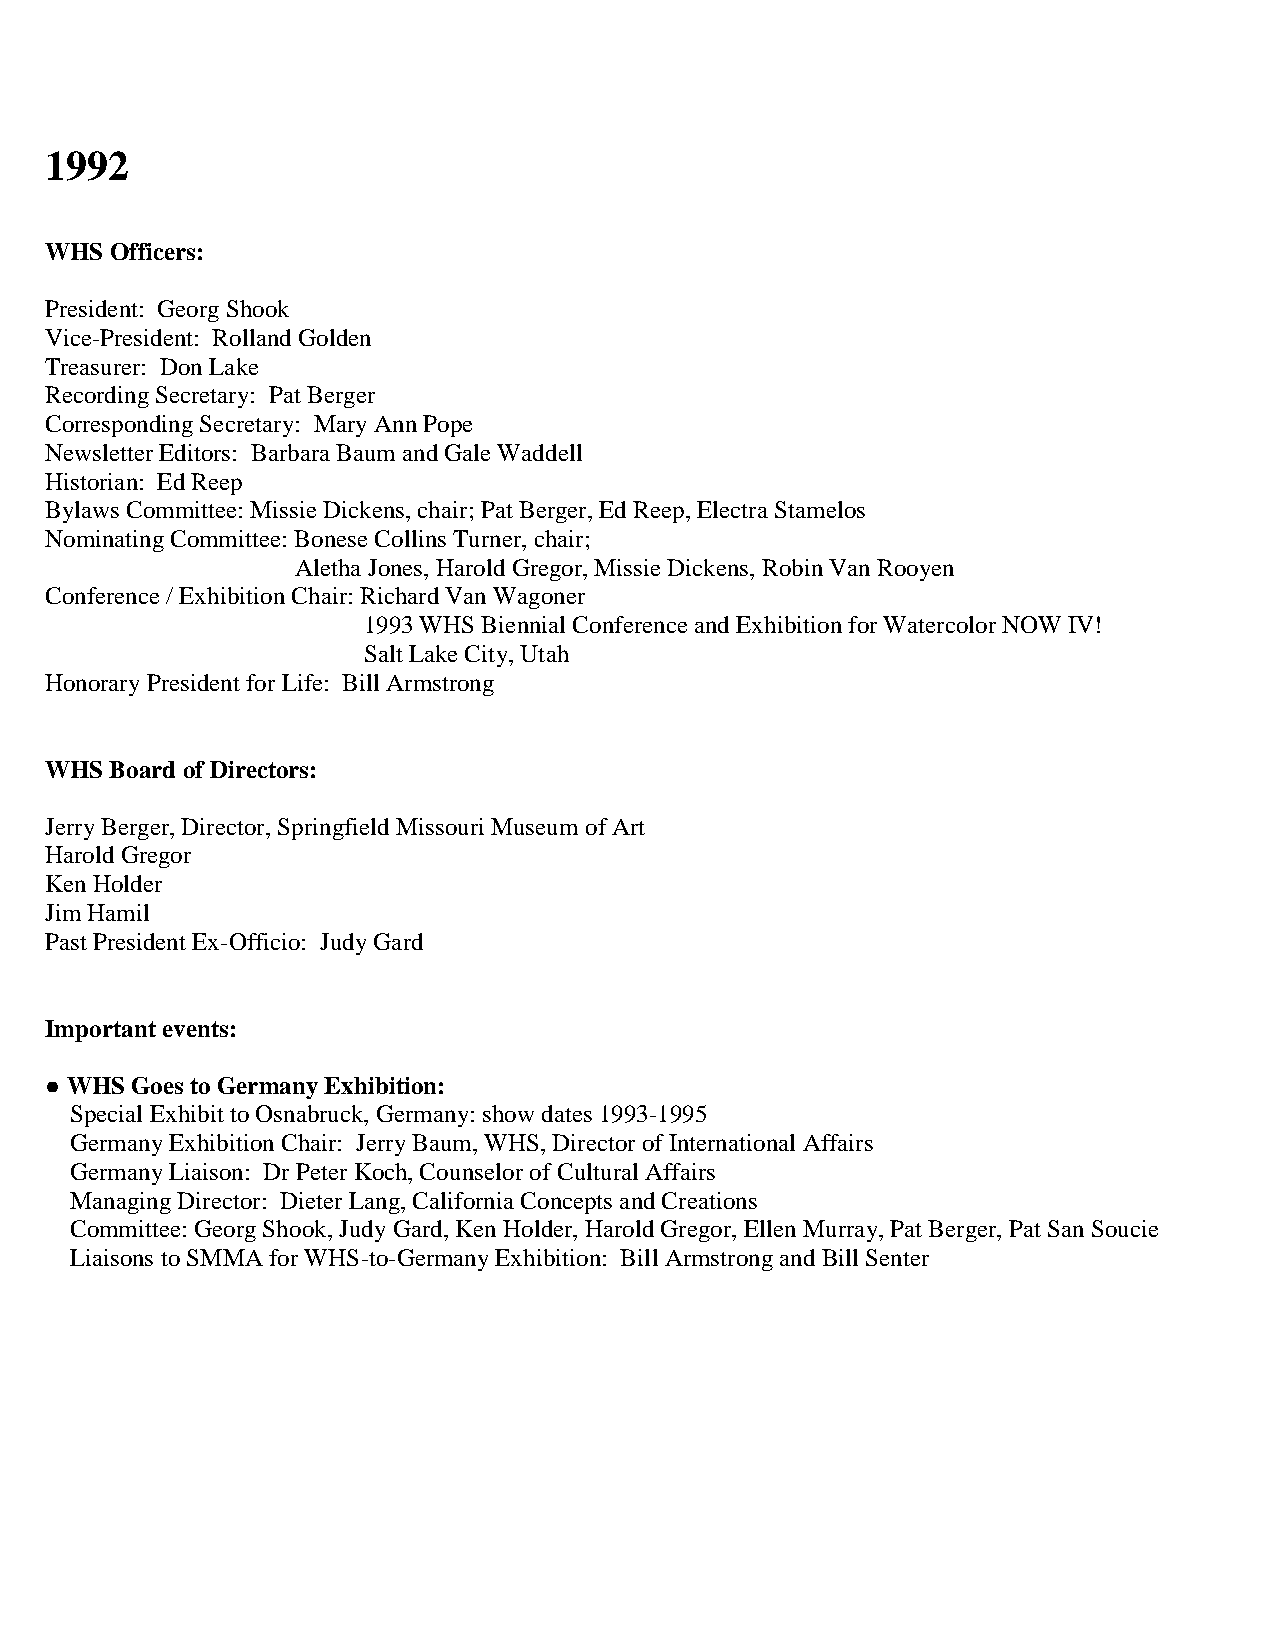
1992
 WHS Officers:
 President: Georg Shook
 Vice-President: Rolland Golden
 Treasurer: Don Lake
 Recording Secretary: Pat Berger
 Corresponding Secretary: Mary Ann Pope
 Newsletter Editors: Barbara Baum and Gale Waddell
 Historian: Ed Reep
 Bylaws Committee: Missie Dickens, chair; Pat Berger, Ed Reep, Electra Stamelos
 Nominating Committee: Bonese Collins Turner, chair;
 Aletha Jones, Harold Gregor, Missie Dickens, Robin Van Rooyen
 Conference / Exhibition Chair: Richard Van Wagoner
 1993 WHS Biennial Conference and Exhibition for Watercolor NOW IV!
 Salt Lake City, Utah
 Honorary President for Life: Bill Armstrong
 WHS Board of Directors:
 Jerry Berger, Director, Springfield Missouri Museum of Art
 Harold Gregor
 Ken Holder
 Jim Hamil
 Past President Ex-Officio: Judy Gard
 Important events:
 ● WHS Goes to Germany Exhibition:
 Special Exhibit to Osnabruck, Germany: show dates 1993-1995
 Germany Exhibition Chair: Jerry Baum, WHS, Director of International Affairs
 Germany Liaison: Dr Peter Koch, Counselor of Cultural Affairs
 Managing Director: Dieter Lang, California Concepts and Creations
 Committee: Georg Shook, Judy Gard, Ken Holder, Harold Gregor, Ellen Murray, Pat Berger, Pat San Soucie
 Liaisons to SMMA for WHS-to-Germany Exhibition: Bill Armstrong and Bill Senter